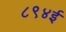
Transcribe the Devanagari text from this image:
८९४ई